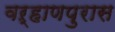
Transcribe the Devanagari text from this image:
वऱ्हाणपुरास